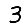
Digit: 3